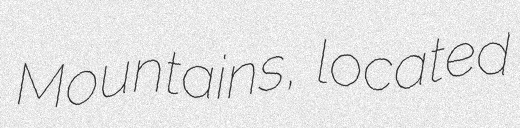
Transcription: Mountains, located